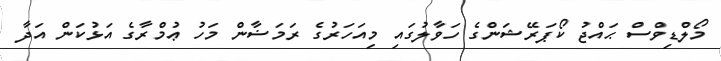
މޯލްޑިވްސް ޙައްޖު ކޯޕަރޭޝަންގެ ހަވާލުގައި މިއަހަރުގެ ރަމަޟާން މަހު ޢުމްރާގެ އަޅުކަން އަދާ